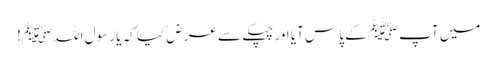
میں آپﷺ کے پاس آیا اور چپکے سے عرض کیا کہ یا رسول اللہﷺ!